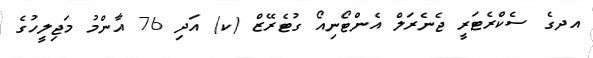
އދގެ ސެކްރެޓަރީ ޖެނެރަލް އެންޓޯނިއޯ ގުޓެރޭޒް (ކ) އަދި 76 އާންމު މަޖިލީހުގެ